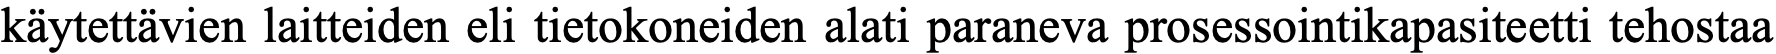
käytettävien laitteiden eli tietokoneiden alati paraneva prosessointikapasiteetti tehostaa